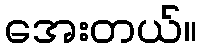
အေးတယ်။